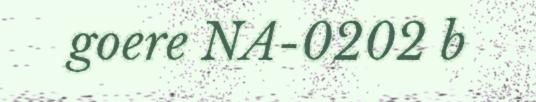
goere NA-0202 b